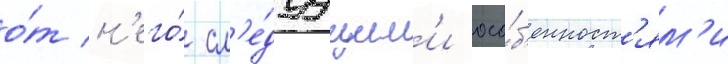
о́т н'его́ сл'е́дуущим'и осо́б'енност'ям'и